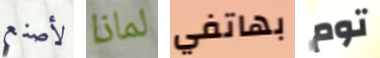
لأصنع لماذا بهاتفي توم